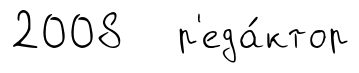
2008 р'еда́ктор